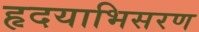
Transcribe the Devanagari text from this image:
हृदयाभिसरण